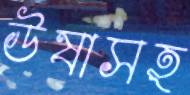
উষাসহ